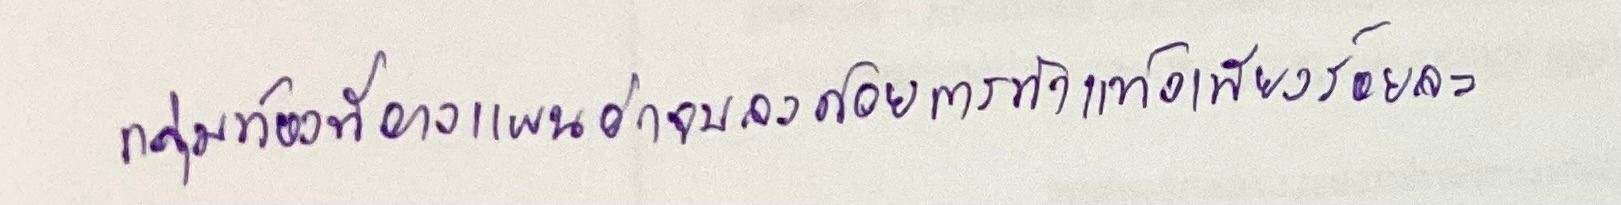
กลุ่มท้องที่วางแผนพบว่าจบลงด้วยการทำแท้งเพียงร้อยละ